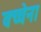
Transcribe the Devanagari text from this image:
वच्चेना